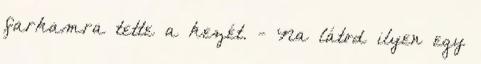
farkamra tette a kezét. - Na látod ilyen egy